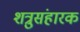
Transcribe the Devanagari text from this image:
शत्रुसंहारक